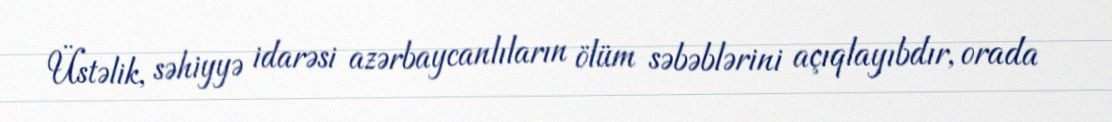
Üstəlik, səhiyyə idarəsi azərbaycanlıların ölüm səbəblərini açıqlayıbdır, orada